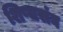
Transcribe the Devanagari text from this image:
शिष्यसंघ